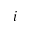
\displaystyle i